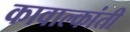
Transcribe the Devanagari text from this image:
कावाल्कांती